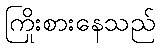
ကြိုးစားနေသည်